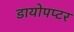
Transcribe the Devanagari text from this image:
डायोपप्टर